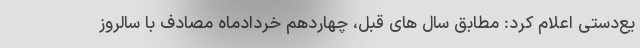
یع‌دستی اعلام کرد: مطابق سال های قبل، چهاردهم خردادماه مصادف با سالروز